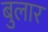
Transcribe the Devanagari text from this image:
बुलार